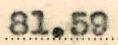
81.59